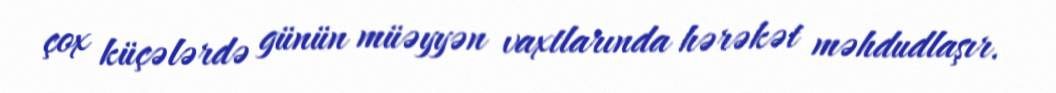
çox küçələrdə günün müəyyən vaxtlarında hərəkət məhdudlaşır.